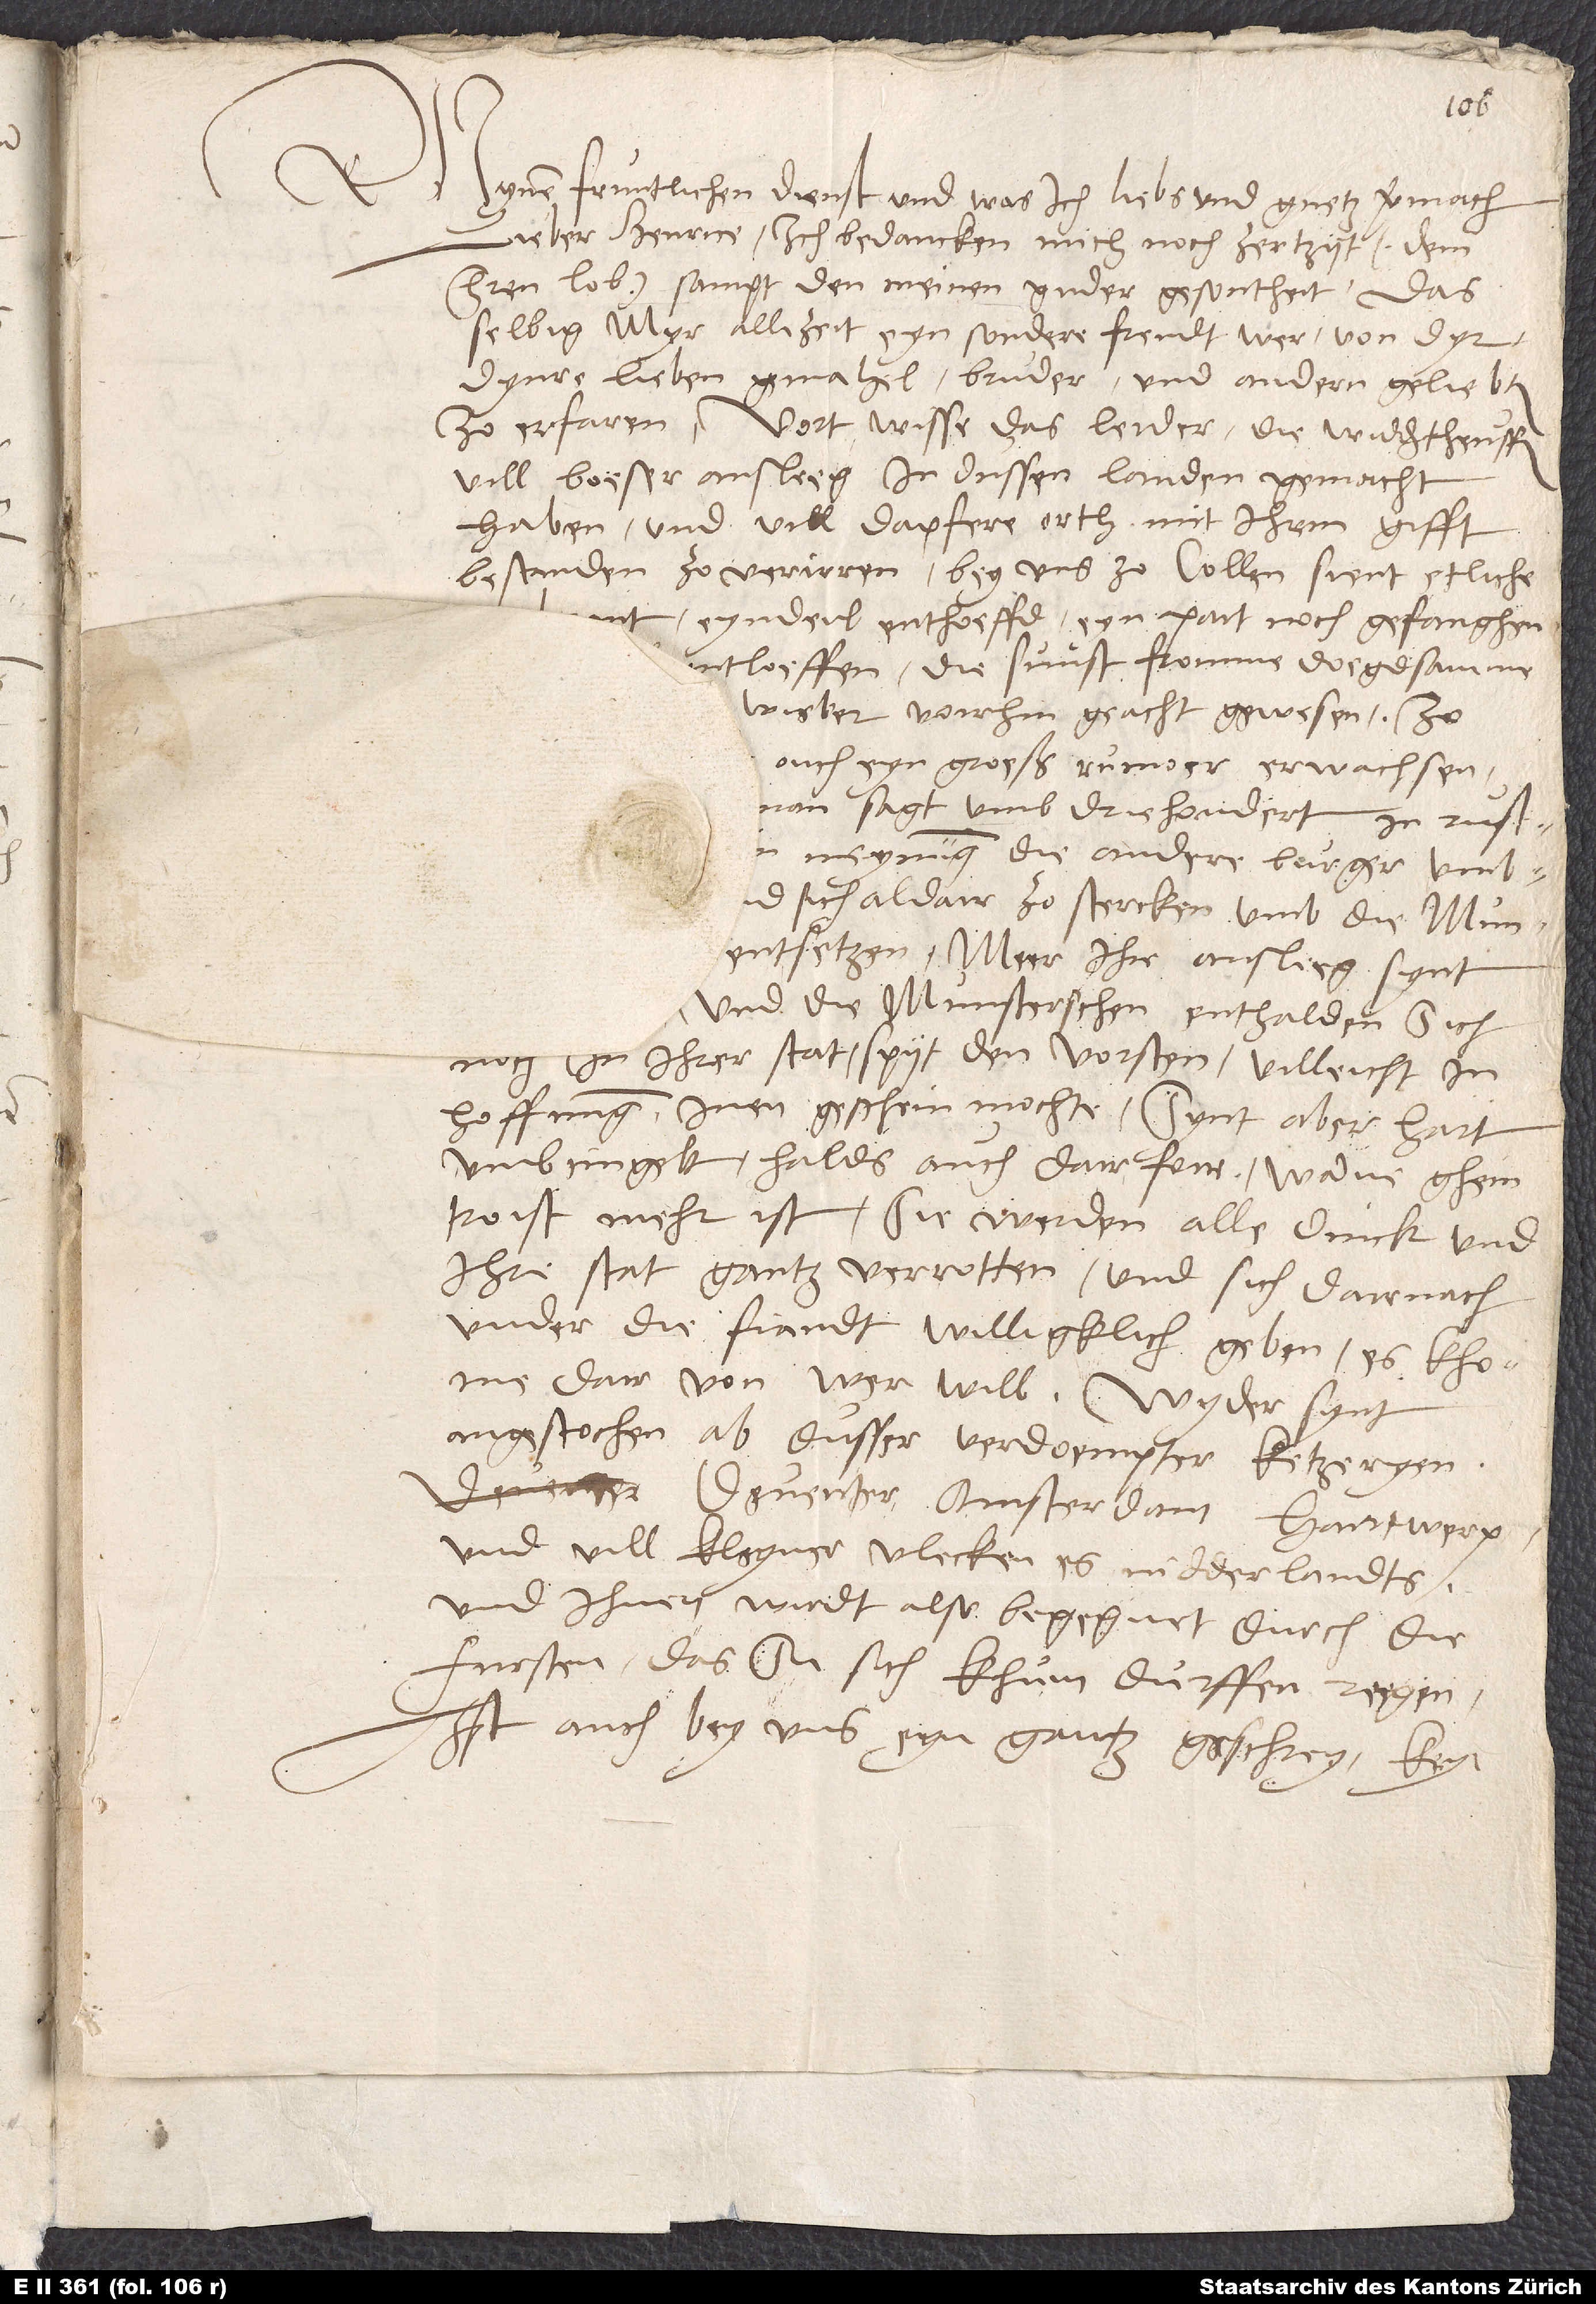
Mynen fruntlichen dienst und was ich liebs und guetz vermach,
lieber Henrice. Ich bedancken mich noch zer tzyt (dem
herren lob) sampt den meinen guder gesontheit. Das
selbig myr allizeit eyn sondere freudt wer von dyr,
dynre lieben gemahel, bruder und andern geliebten
zo erfaren. Vort wisse, das leider die widdertheuffer
vill boeser ansleeg in dussen landen gemacht
haben und vill dapfere orth mit ihrm gifft
bestanden zo verirren. Bey uns zo Collen sient etliche
eyndeil enthoeffd, eyn part noch gefanghen,
entloeffen, die sunst fromme doegsamme
wieber voirhin geacht gewesen. Zo
ouch eyn groeß rumoer erwachsen
man sagt, umb driehondert in rustung gesien,
in meynung, die andere burger umbtzobringen
und sich aldair zo stercken, umb die Munsterschen
entsetzen. Meer: Ihr ansleeg synt
und die Munsterschen enthalden sich
noch in ihrer stat, spyt den vorsten, villeicht in
hoffnung, inen geschein mochte. Synt aber hart
umbcingelt; halds auch dair foir, wanne ghein
troist mehr ist, sie werden alle dinck und
ihre stat gantz verrotten und sich darnach
under die fiandt willigklich geben, es khome
dair von wer will. Wyder synt
angestochen ab dusser verdoempter ketzeryen
Deventer, Amsterdam, Hantwerp
und vill kleyner vlecken es Nidderlandts.
Und ihnen wirdt also begegnet durch die
fursten, das sie sich khum durffen regen.
Ist auch bey uns eyn gantz geschrey, keyt